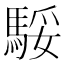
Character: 𩣧